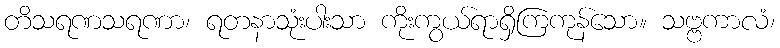
တိသရဏသရဏာ၊ ရတနာသုံးပါးသာ ကိုးကွယ်ရာရှိကြကုန်သော။ သဗ္ဗကာလံ၊